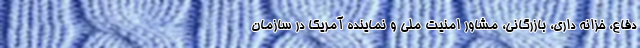
دفاع، خزانه داری، بازرگانی، مشاور امنیت ملی و نماینده آمریکا در سازمان